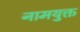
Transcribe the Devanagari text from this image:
नामयुक्त